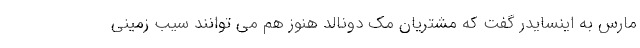
مارس به اینسایدر گفت که مشتریان مک دونالد هنوز هم می توانند سیب زمینی